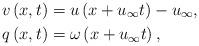
LaTeX: \begin{align*}v\left( x,t \right) &=u\left( x+u_{\infty}t \right) -u_{\infty},\\q\left( x,t \right) &=\omega \left( x+u_{\infty}t \right) ,\end{align*}